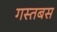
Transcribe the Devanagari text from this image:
गस्तबस